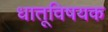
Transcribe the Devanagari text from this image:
धातूविषयक